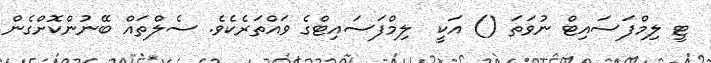
ޓީ ލިމްފަސައިޓް ނުވަތަ () އަކީ  ލިމްފަސައިޓްގެ ވައްތަރެކެވެ. ސެލްތައް ބޭނުންކޮށްގެން